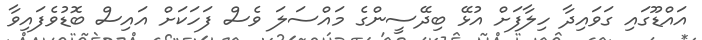
އައްޑޫގައި ގަވައިދާ ހިލާފަށް އުޅޭ ބިދޭސީންގެ މައްސަލަ ވެސް ފަހަކަށް އައިސް ބޮޑުވެފައިވާ